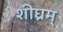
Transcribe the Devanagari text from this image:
शीघ्रम्